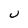
Character: U